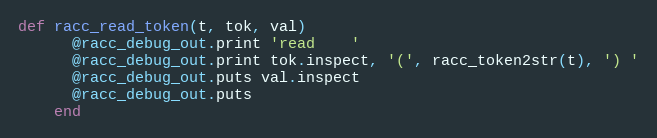
Language: Ruby
def racc_read_token(t, tok, val)
      @racc_debug_out.print 'read    '
      @racc_debug_out.print tok.inspect, '(', racc_token2str(t), ') '
      @racc_debug_out.puts val.inspect
      @racc_debug_out.puts
    end